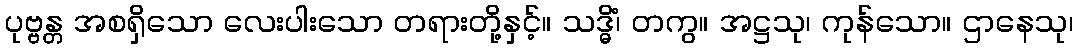
ပုဗ္ဗန္တ အစရှိသော လေးပါးသော တရားတို့နှင့်။ သဒ္ဓိံ၊ တကွ။ အဋ္ဌသု၊ ကုန်သော။ ဌာနေသု၊